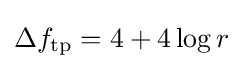
\Delta f_{\text{tp}}=4+4\log r